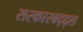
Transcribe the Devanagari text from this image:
सरकारबद्द्ल